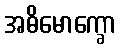
အဓိမောက္ခော